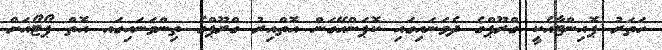
ހަތަރު ޕޮއިންޓާއެކީ ގްރޫޕްގެ ދެވަނައިގައި ކޮޕަންހޭގަން އޮތްއިރު ގްރޫޕްގެ ތިންވަނައިގައ އޮތް ޕޯޓޯއަށް